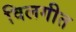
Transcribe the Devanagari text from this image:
विलगीत